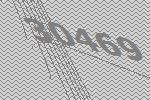
30469